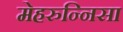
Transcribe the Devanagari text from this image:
मेहरुन्‍निसा